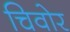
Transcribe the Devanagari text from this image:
चिवोर